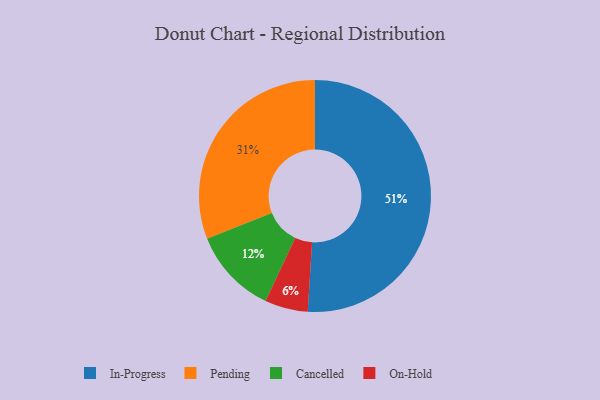
{"axis": {"x": "Category", "y": "Percentage"}, "legend": ["Cancelled", "In-Progress", "On-Hold", "Pending"], "data": [{"x": "In-Progress", "y": 51, "type": "In-Progress"}, {"x": "Pending", "y": 31, "type": "Pending"}, {"x": "On-Hold", "y": 6, "type": "On-Hold"}, {"x": "Cancelled", "y": 12, "type": "Cancelled"}]}